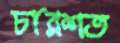
চারশত